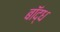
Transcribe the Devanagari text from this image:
बॉद्ध